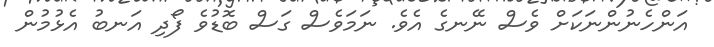
އަންހެނުންނަކަށް ވެސް ނޭނގެ އެވެ. ނަމަވެސް ގަސް ބޮޑުވެ ފޯދި އަނބު އެޅުމުން